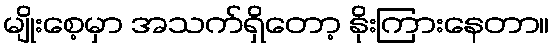
မျိုးစေ့မှာ အသက်ရှိတော့ နိုးကြားနေတာ။